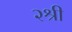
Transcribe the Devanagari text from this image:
२श्री